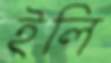
ইলি